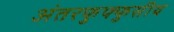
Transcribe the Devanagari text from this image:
अंतरफुफ्फुसीय